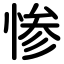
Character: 惨